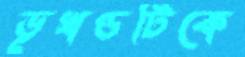
ভূখণ্ডটিকে